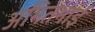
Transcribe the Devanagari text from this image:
अमितभाई